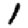
Digit: 1